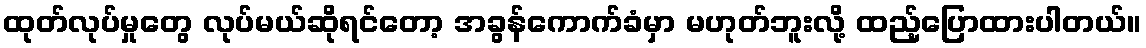
ထုတ်လုပ်မှုတွေ လုပ်မယ်ဆိုရင်တော့ အခွန်ကောက်ခံမှာ မဟုတ်ဘူးလို့ ထည့်ပြောထားပါတယ်။